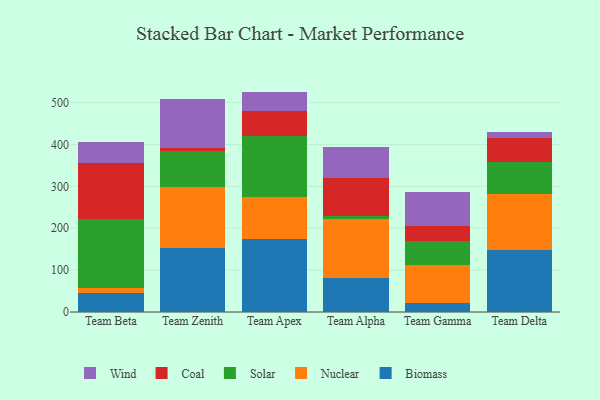
{"axis": {"x": "Team", "y": "Headcount"}, "legend": ["Biomass", "Coal", "Nuclear", "Solar", "Wind"], "data": [{"x": "Team Beta", "y": 45.9, "type": "Biomass"}, {"x": "Team Beta", "y": 11.5, "type": "Nuclear"}, {"x": "Team Beta", "y": 163.8, "type": "Solar"}, {"x": "Team Beta", "y": 135.7, "type": "Coal"}, {"x": "Team Beta", "y": 48.3, "type": "Wind"}, {"x": "Team Zenith", "y": 153.3, "type": "Biomass"}, {"x": "Team Zenith", "y": 144.4, "type": "Nuclear"}, {"x": "Team Zenith", "y": 87.4, "type": "Solar"}, {"x": "Team Zenith", "y": 6.5, "type": "Coal"}, {"x": "Team Zenith", "y": 117.4, "type": "Wind"}, {"x": "Team Apex", "y": 174.8, "type": "Biomass"}, {"x": "Team Apex", "y": 99.3, "type": "Nuclear"}, {"x": "Team Apex", "y": 146.4, "type": "Solar"}, {"x": "Team Apex", "y": 59.5, "type": "Coal"}, {"x": "Team Apex", "y": 46.4, "type": "Wind"}, {"x": "Team Alpha", "y": 80.4, "type": "Biomass"}, {"x": "Team Alpha", "y": 141.3, "type": "Nuclear"}, {"x": "Team Alpha", "y": 7.4, "type": "Solar"}, {"x": "Team Alpha", "y": 90.0, "type": "Coal"}, {"x": "Team Alpha", "y": 74.6, "type": "Wind"}, {"x": "Team Gamma", "y": 22.0, "type": "Biomass"}, {"x": "Team Gamma", "y": 89.8, "type": "Nuclear"}, {"x": "Team Gamma", "y": 58.6, "type": "Solar"}, {"x": "Team Gamma", "y": 34.1, "type": "Coal"}, {"x": "Team Gamma", "y": 81.5, "type": "Wind"}, {"x": "Team Delta", "y": 148.3, "type": "Biomass"}, {"x": "Team Delta", "y": 134.6, "type": "Nuclear"}, {"x": "Team Delta", "y": 75.9, "type": "Solar"}, {"x": "Team Delta", "y": 56.4, "type": "Coal"}, {"x": "Team Delta", "y": 15.0, "type": "Wind"}]}